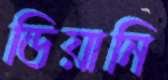
ডিয়ানি